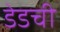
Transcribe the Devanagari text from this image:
डेडची